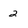
Character: 2